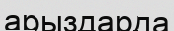
арыздарда